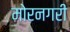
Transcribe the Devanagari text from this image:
मोरनगरी